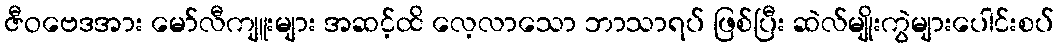
ဇီဝဗေဒအား မော်လီကျူးများ အဆင့်ထိ လေ့လာသော ဘာသာရပ် ဖြစ်ပြီး ဆဲလ်မျိုးကွဲများပေါင်းစပ်